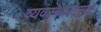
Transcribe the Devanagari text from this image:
व्यवस्थापनसुद्धा